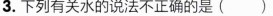
3.下列有关水的说法不正确的是（）